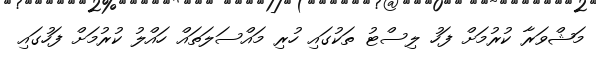
މަޝްވަރާ ކުރުމަށް ފަހު ލިސްޓު ތަކުގައި ހުރި މައްސަލަތައް ހައްލު ކުރުމަށް ފަހުގައި